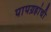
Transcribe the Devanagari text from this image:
पापग्रहांची